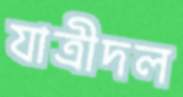
যাত্রীদল